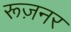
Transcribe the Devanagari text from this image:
रूज़नर